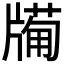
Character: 𤗩